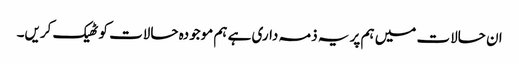
ان حالات میں ہم پر یہ ذمہ داری ہے ہم موجودہ حالات کو ٹھیک کریں۔